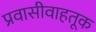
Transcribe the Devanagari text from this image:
प्रवासीवाहतूक